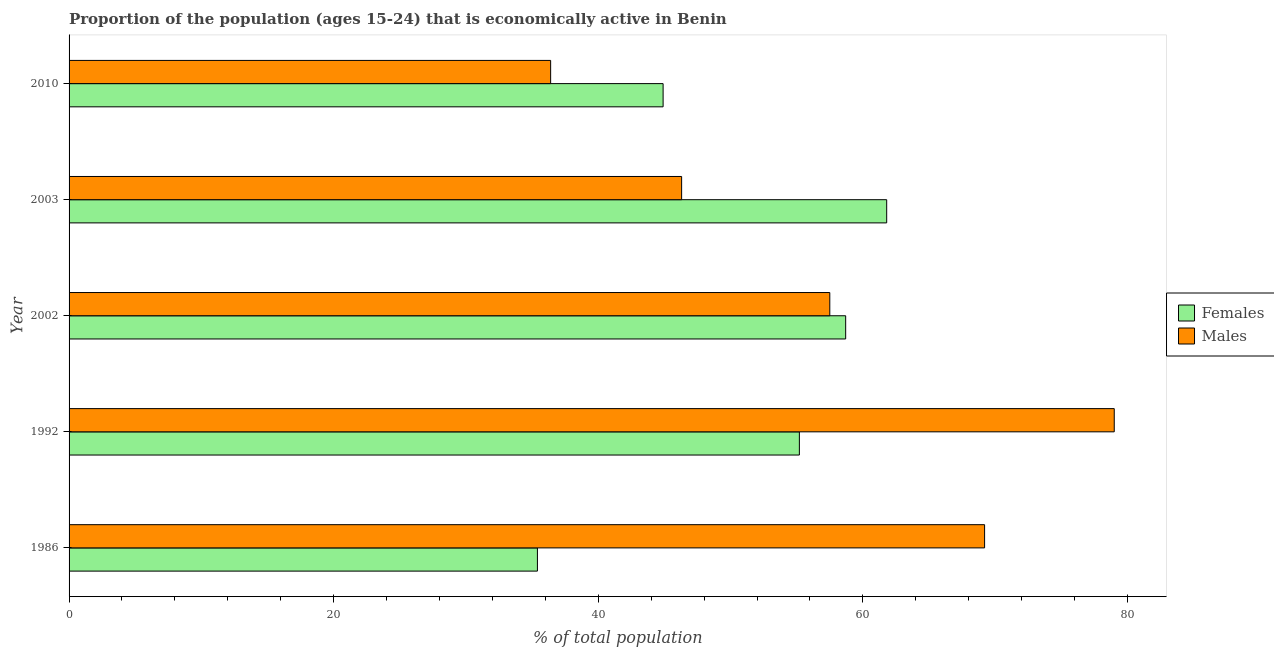
| Year | Females | Males |
 | --- | --- | --- |
 | 1986 | 35.4 | 69.2 |
 | 1992 | 55.2 | 79 |
 | 2002 | 58.7 | 57.5 |
 | 2003 | 61.8 | 46.3 |
 | 2010 | 44.9 | 36.4 |